Civil Veterinary Department. Central Provinces & Berar 1932-41 - 1932-1941
Year: 1932
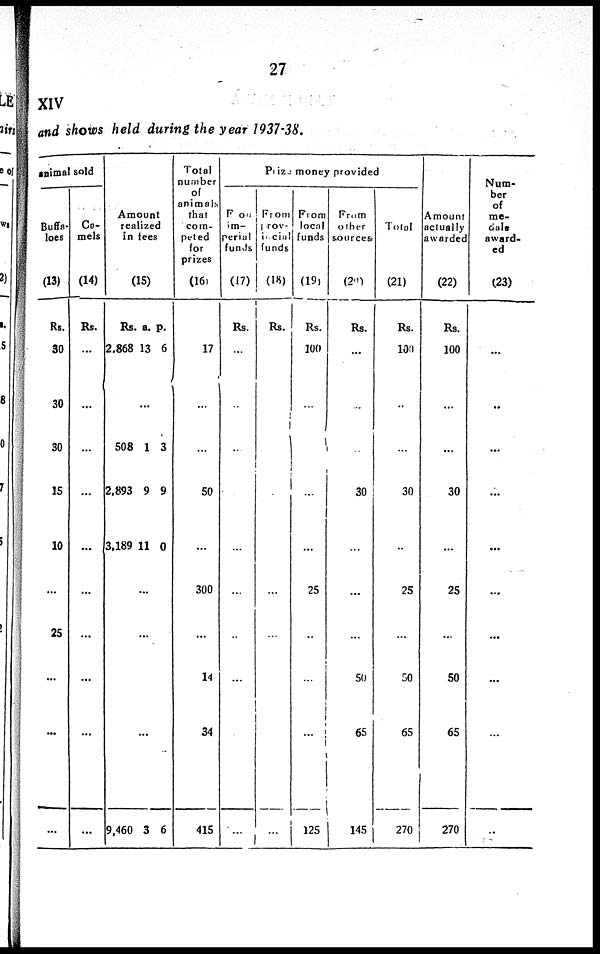
27
XIV
and shows held during the year 1937-38.
animal sold
Buffa-
loes
(13)
Rs.
30
30
30
15
10
...
25
...
...
...
Ca-
mels
(14)
Rs.
...
...
...
...
...
...
...
...
Amount
realized
in fees.
(15)
Rs.
2,868
a.
13
p.
6
...
508
2,893
3,189
1
9
11
3
9
0
...
...
...
...
9,460 3 6
Total
number
of
animals
that
com-
peted
for
prizes
(16)
17
...
...
50
...
300
...
14
34
415
Prize money provided
From
im-
perial
funds
(17)
Rs.
...
..
...
...
...
...
...
...
From
prov-
incial
funds
(18)
Rs.
...
...
...
...
...
...
From
local
funds
(19)
Rs.
100
...
...
...
25
...
...
...
125
From
other
sources
(20)
Rs.
...
...
...
30
...
...
...
50
65
145
Total
(21)
Rs.
100
...
...
30
...
25
...
50
65
270
Amount
actually
awarded
(22)
Rs.
100
...
...
30
...
25
...
50
65
270
Num-
ber
of
me-
dals
award-
ed
(23)
...
..
...
...
...
...
...
...
...
..